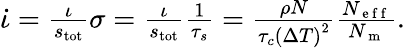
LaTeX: \begin{array}{r}{\dot{\iota}=\frac{\iota}{s_{\mathrm{tot}}}\sigma=\frac{\iota}{s_{\mathrm{tot}}}\frac{1}{\tau_{s}}=\frac{\rho N}{\tau_{c}\left(\Delta T\right)^{2}}\frac{N_{\mathrm{~e~f~f~}}}{N_{\mathrm{~m~}}}.}\end{array}